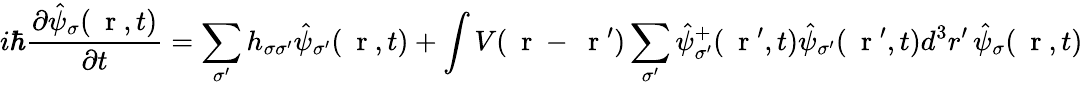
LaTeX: i\hbar\frac{\partial\hat{\psi}_{\sigma}(\mathrm{~\mathbf~r~},t)}{\partial t}=\sum_{\sigma^{\prime}}h_{\sigma\sigma^{\prime}}\hat{\psi}_{\sigma^{\prime}}(\mathrm{~\mathbf~r~},t)+\int V(\mathrm{~\mathbf~r~}-\mathrm{~\mathbf~r~}^{\prime})\sum_{\sigma^{\prime}}\hat{\psi}_{\sigma^{\prime}}^{+}(\mathrm{~\mathbf~r~}^{\prime},t)\hat{\psi}_{\sigma^{\prime}}(\mathrm{~\mathbf~r~}^{\prime},t)d^{3}r^{\prime}\, \hat{\psi}_{\sigma}(\mathrm{~\mathbf~r~},t)